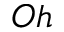
O h